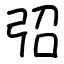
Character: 弨